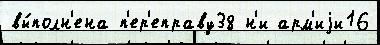
вы́полн'ена п'ер'еправу38 н'и арм'иjи16